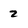
Character: 2